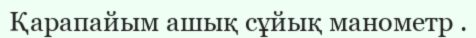
Қарапайым ашық сұйық манометр .